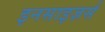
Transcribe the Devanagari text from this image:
इनसाइज़र्स